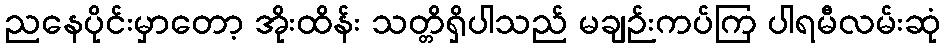
ညနေပိုင်းမှာတော့ အိုးထိန်း သတ္တိရှိပါသည် မချဉ်းကပ်ကြ ပါရမီလမ်းဆုံ